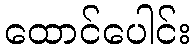
ထောင်ပေါင်း